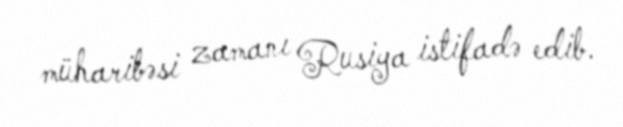
müharibəsi zamanı Rusiya istifadə edib.